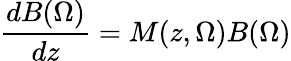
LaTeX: \frac{dB(\Omega)}{dz}=M(z,\Omega)B(\Omega)